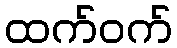
ထက်ဝက်